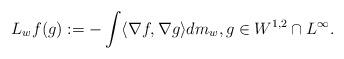
LaTeX: \begin{align*} L_wf(g):= - \int \langle \nabla f, \nabla g \rangle dm_w,g\in W^{1,2}\cap L^{\infty}.\end{align*}